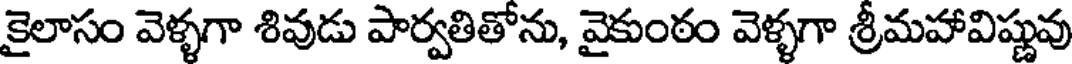
కైలాసం వెళ్ళగా శివుడు పార్వతితోను, వైకుంఠం వెళ్ళగా శ్రీమహావిష్ణువు